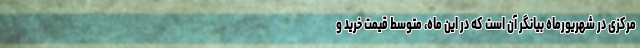
مرکزی در شهریورماه بیانگر آن است که در این ماه، متوسط قیمت خرید و